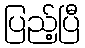
ပြည့်ပြီ